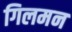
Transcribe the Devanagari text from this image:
गिलमन